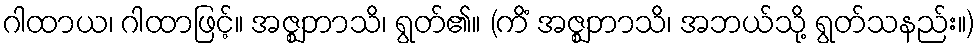
ဂါထာယ၊ ဂါထာဖြင့်။ အဇ္ဈဘာသိ၊ ရွတ်၏။ (ကိံ အဇ္ဈဘာသိ၊ အဘယ်သို့ ရွတ်သနည်း။)